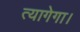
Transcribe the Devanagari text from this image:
त्यागेगा।